Bréfritari: Guðrún Þorsteinsdóttir
Viðtakandi: Páll Pálsson
Dagsetning: A-1875-01-15
Skrifað á: Breiðabólsstað  Rang.
Páll er móðurbróðir Guðrúnar

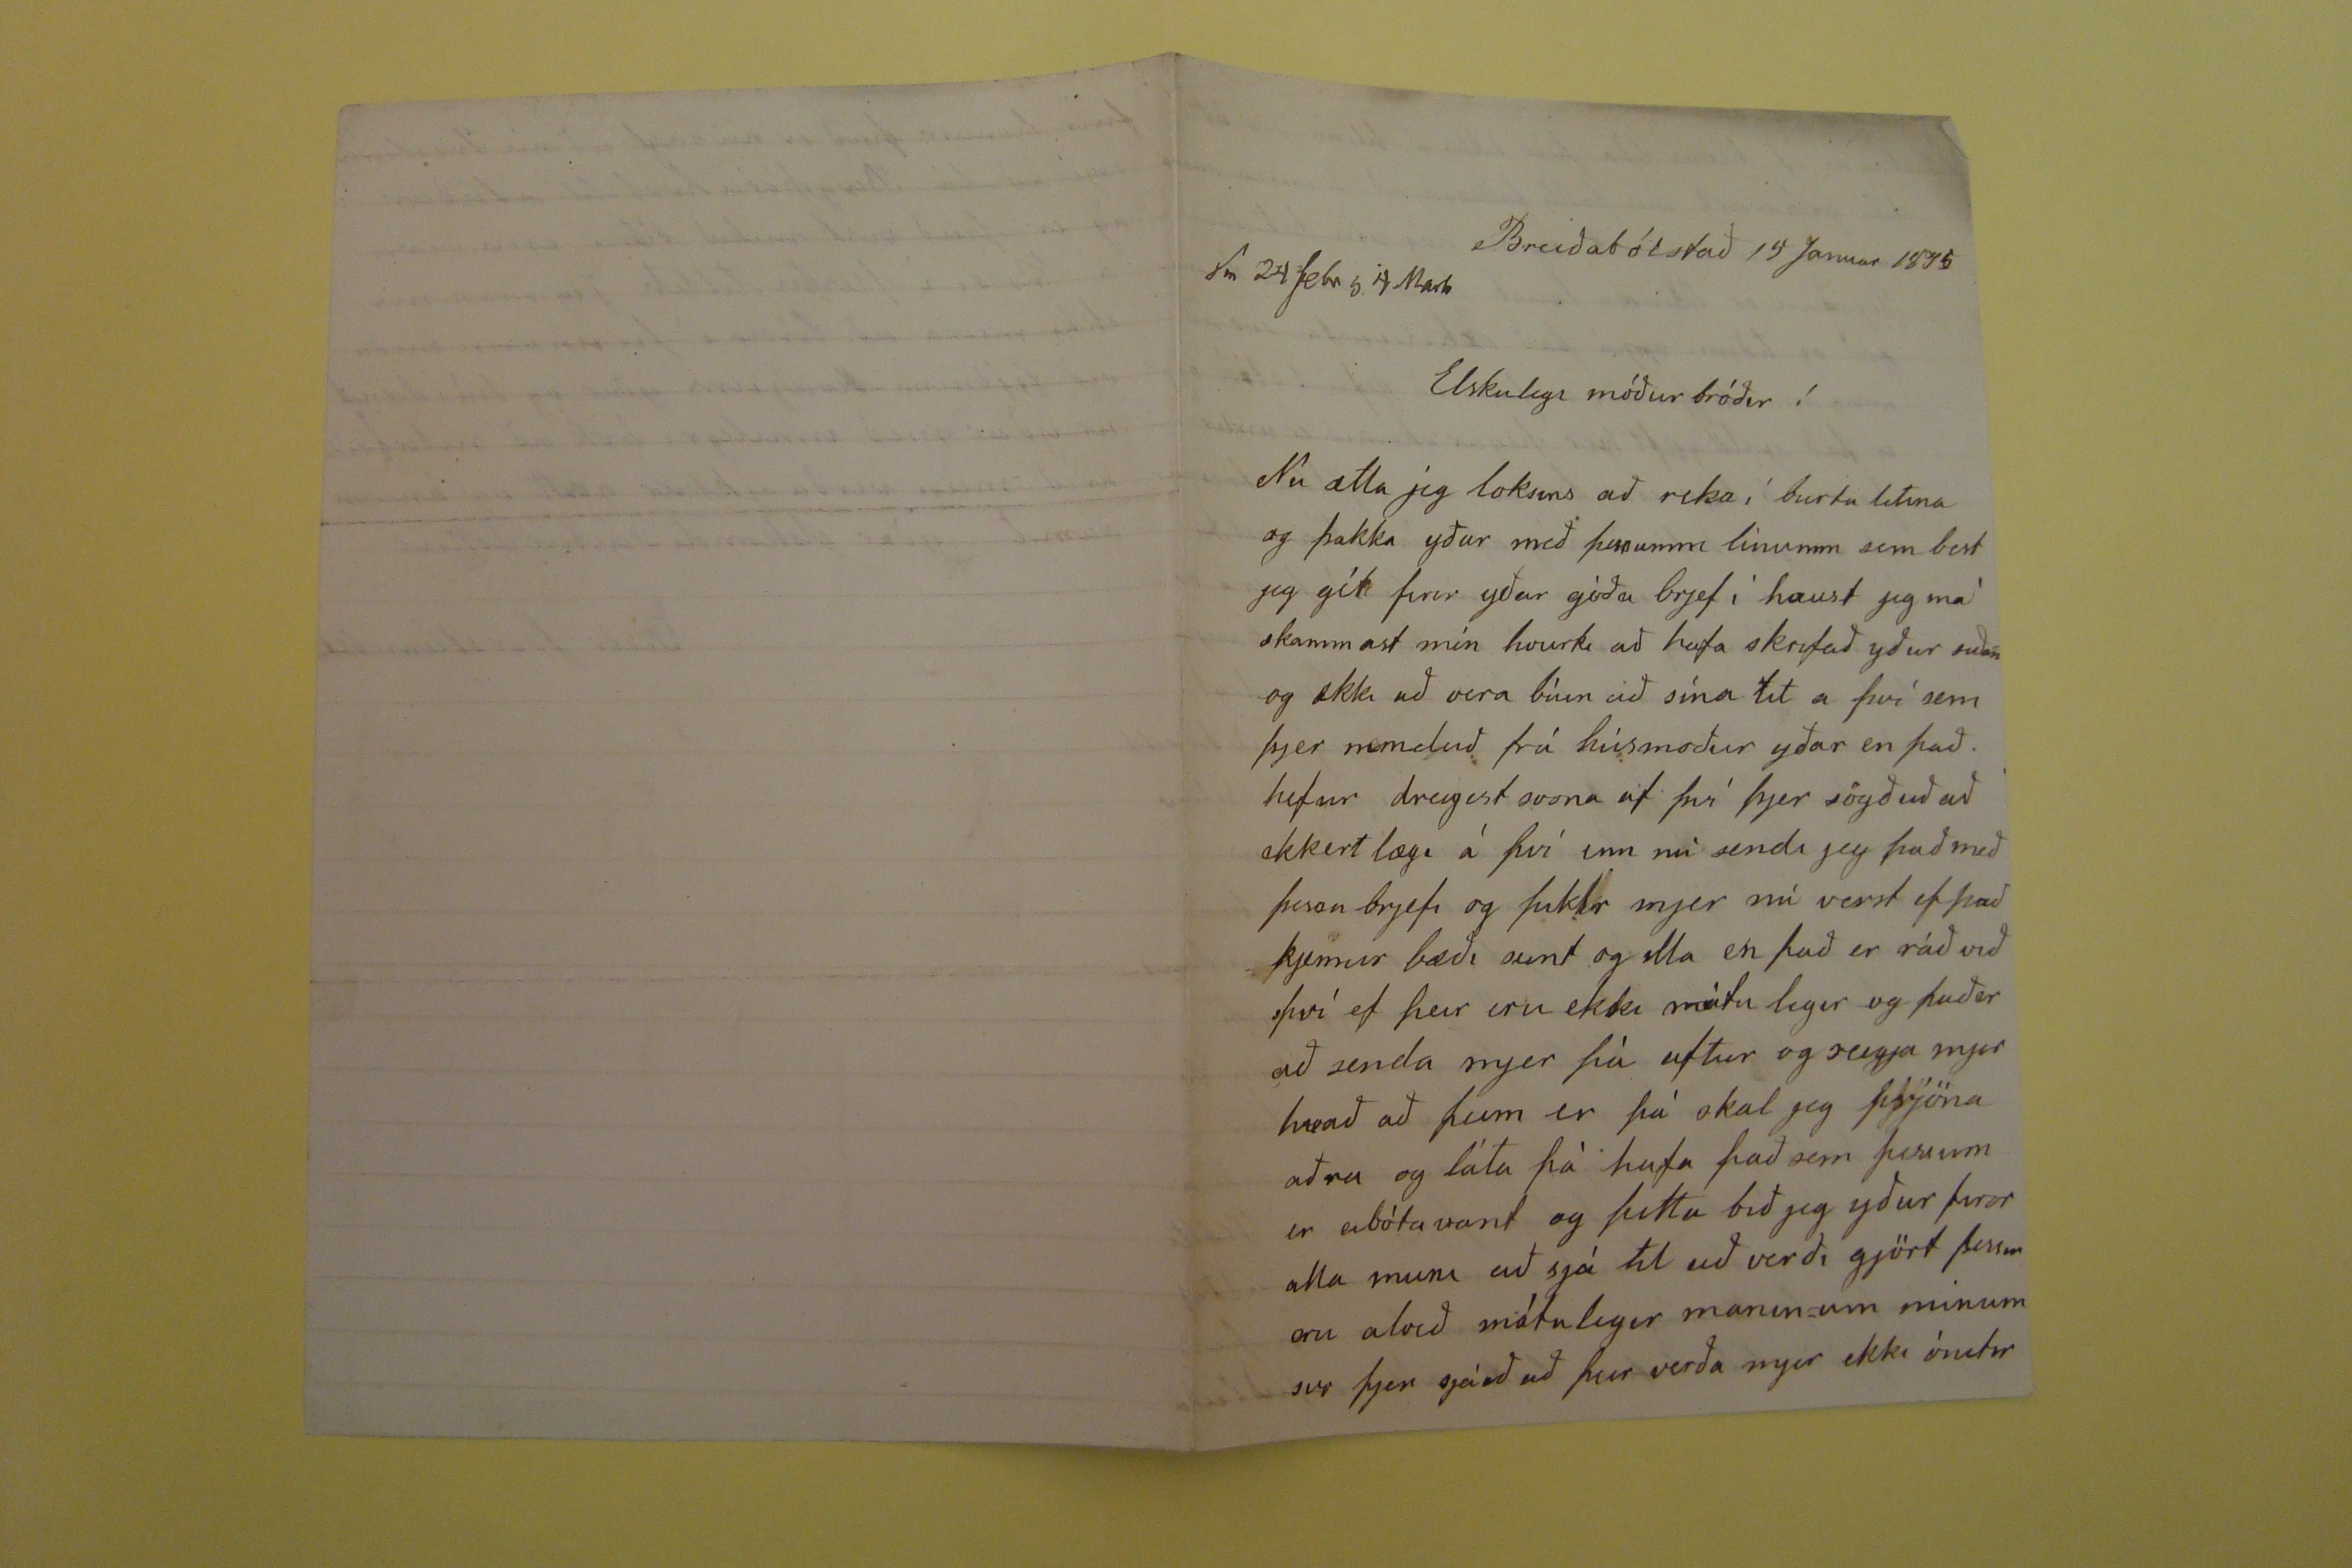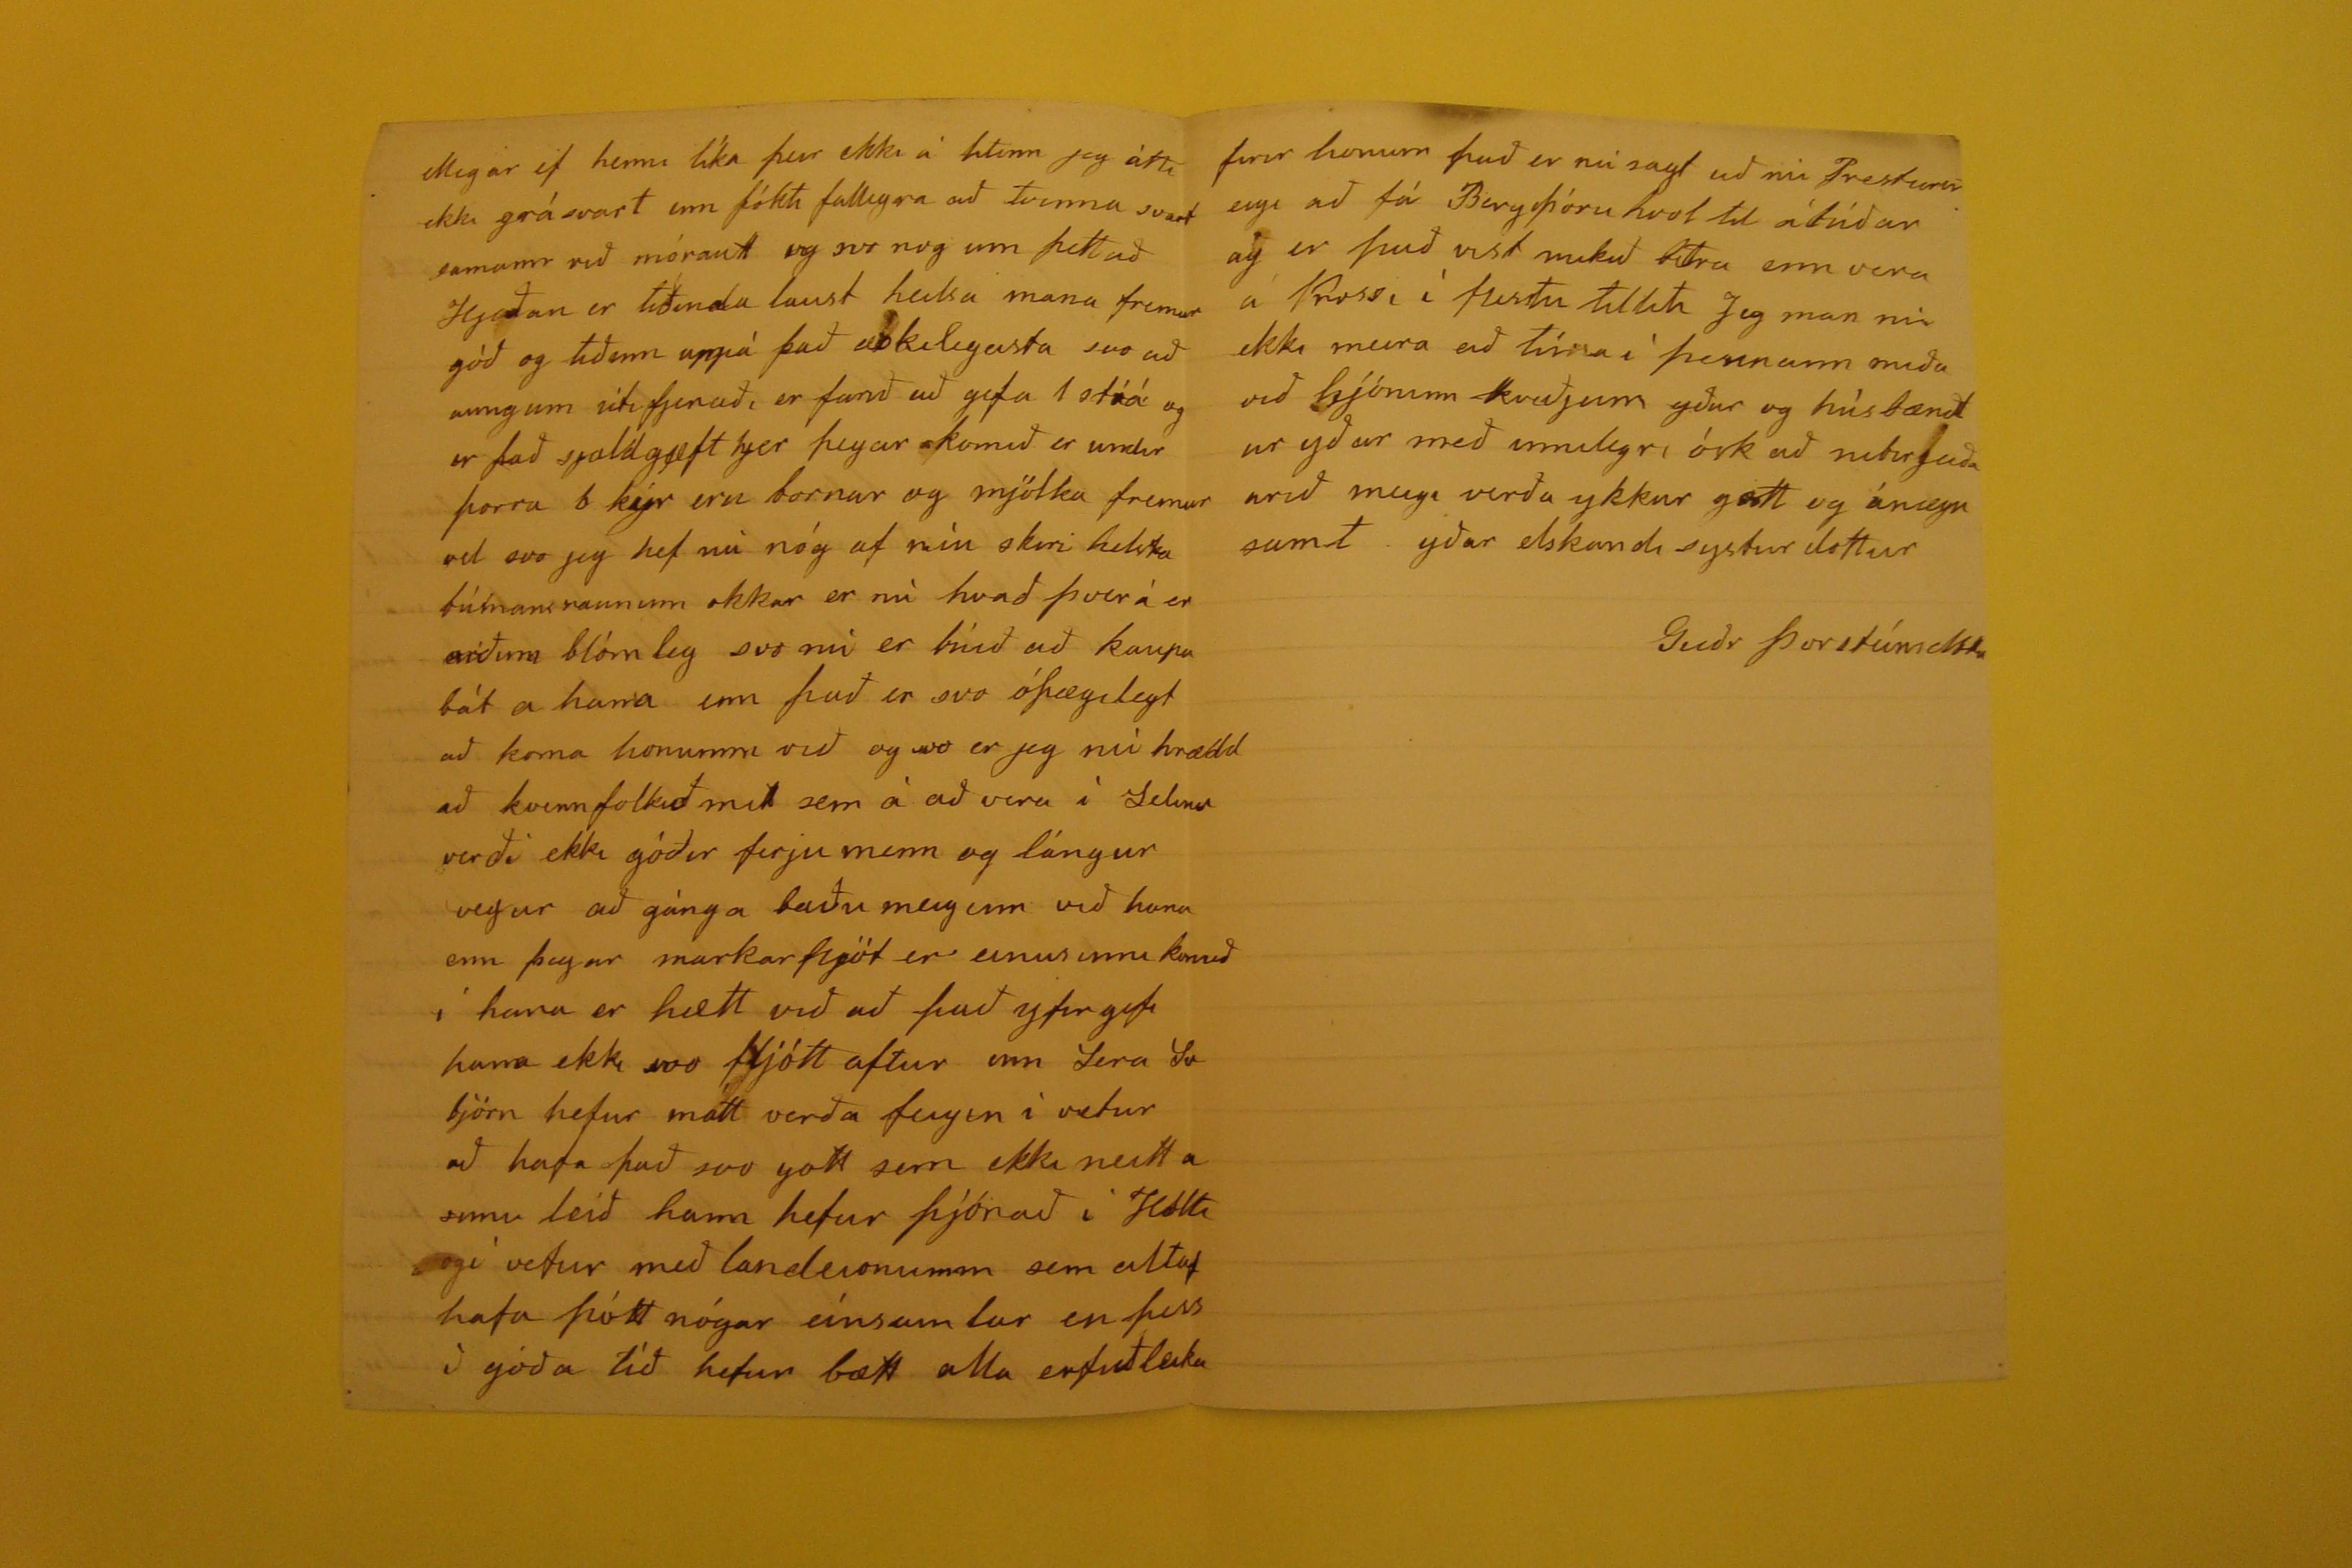

Breiðabólstað 15 Januar 1875
Elskulegi móðurbróðir!
Nú ætla jeg loksins að reka í burtu litina og þakka yður með þessumm linum sem best jeg gét firir yðar góða brjef í haust jeg má skammast mín hvurki að hafa skrifað yður siðan og ekki að vera búin að sína lit á því sem þejr nemduð frá húmoður yðar en það hefur dregist svona af því þjer sögðuð að ekkert lægi á því enn nú sendi jeg það með þessu brjefi og þikir mjer nú verst ef það kjemur bæði seint og illa en það er ráð við því ef þeir eru ekki mátulegir að það er að senda mjer þá aftur og seigja mjer hvað að þeim er þá skal jeg prjóna aðra og láta þá hafa það sem þessum er abótavant og þitta bið jeg yður firir alla mini að sjá itl að verði gjört þessu eru alvið mótulegir maninum minum svo þjer sjáið að þeir verða mjer ekki ónitir
ellegar ef henni líka þeir ekki á litinn jeg átti ekki grásvart enn þókti fallegra að tvenna svart samann við mórautt og svo nog um þettað Hjeðan er tíðinda laust heilsa manna fremur góð og tiðinn uppá það
æskilegasta
svo að aungum útifjeraði er farið að gefa 2 strá og er það sjaldgæft hjer þegar komið er undir þirra 6 kýr eru bornar og mjólka fremur vel svo jeg hef nú nóg af níu skiri helsta bútnani raunum okkar er nú hvað þverá er orðinn blómleg svo nú er búið að kaupa bát a hana enn það er svo óþægilegt að koma honumm við og svo er jeg nú hrædd að kvennfolkið mitt sem á að vera í Selinu verði ekki góðir ferjumenn og lángur vegur að gánga baðu meiginn við hana enn þegar markarfljót er einusinni komið í hana er hætt við að það yfirgefi hana ekki svo fljótt aftur enn Sera Svbjörn hefur mátt verða feigin í vetur að hafa það svo gott sem ekki neitt a sinni leið hann hefur þjónað í Holti
og
í vetur með landeionumm sem altaf hafa þótt nógar einsamlar en þess í góða tíð hefur bætt alla erfiðleika
firir honum það er nú sagt að nii Presturin eigi að fá Bergþóru hvol til
ábúðar
og er það vist mikið bitra enn vera á Krossi í flestu tilliti Jeg man nú ekki meira að tína í þennann miða við hjóninn kveðjum yður og húsbændur yðar með innilegri ósk að
nibirjuða arið
meigi verða ykkur gott og ánægu samt yðar elskandi systur dottur
Guðr Þorsteínsdttu